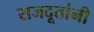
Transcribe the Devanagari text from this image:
राजदूतांनी